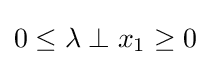
0\leq \lambda \perp x_{1}\geq 0